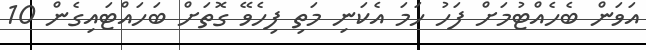
އަވަން ބެހެއްޓުމަށް ފަހު ހަމަ އެކަނި މަތި ފިހެވޭ ގޮތަށް ބަހައްޓައިގެން 10